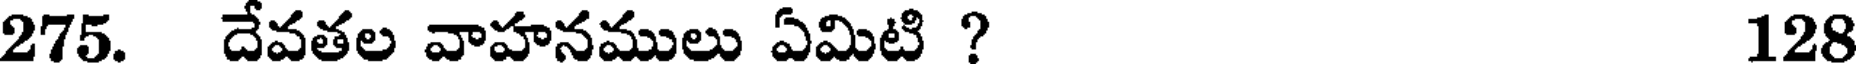
275. దేవతల వాహనములు ఏమిటి ? 128